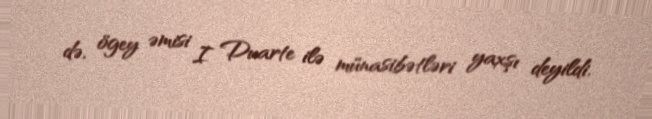
də, ögey əmisi I Duarte ilə münasibətləri yaxşı deyildi.